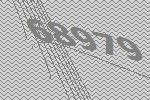
68979